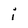
Character: i